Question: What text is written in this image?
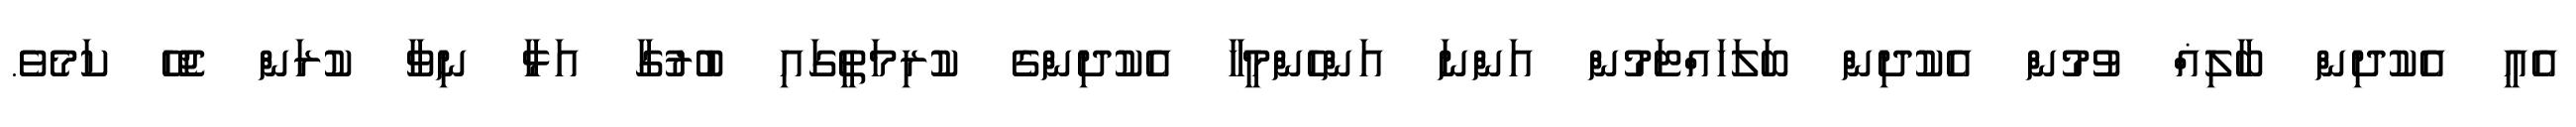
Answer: އެއީ އެކުދިން ބާލިޣް ވުމުން އެކުދިން ބަލަހައްޓަމުން އަންނަ އަންހެންމީހާ އެކުދިންގެ ކުރިމަތީގައި ބުރުގާ އަޅާ ނިވާ ކުރަން ޖެހޭ ކަމެވެ.